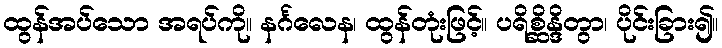
ထွန်အပ်သော အရပ်ကို။ နင်္ဂလေန၊ ထွန်တုံးဖြင့်။ ပရိစ္ဆိန္ဒိတွာ၊ ပိုင်းခြား၍။